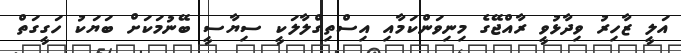
އަލީ ޒާހިރު ވިދާޅުވީ ރާއްޖޭގެ މިނިވަންކަމާއި އިސްތިގްލާލަކީ ސިޔާސީ ބޭނުމަކަށް ބަޔަކު ހަގީގަތް